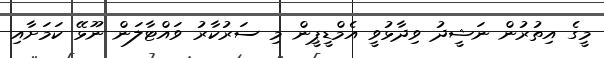
މީގެ އިތުރުން ނަޝީދު ވިދާޅުވީ އެމްޑީޕީން މި ސަރުކާރު ވައްޓާލަން ނޫޅޭ ކަމަށާއި